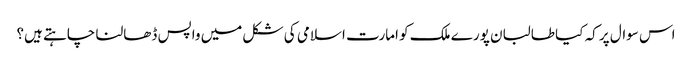
اس سوال پر کہ کیا طالبان پورے ملک کو امارت اسلامی کی شکل میں واپس ڈھالنا چاہتے ہیں؟